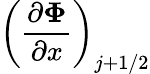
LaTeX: \left(\frac{\partial\mathbf{\Phi}}{\partial x}\right)_{j+1/2}